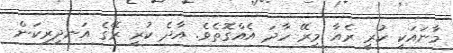
މާނައަކީ ކުރީ ރެއާ މިރޭ ހާދަ އެއްގޮތެވެ. އާދެ ކުރީ ރޭގެ އަނދިރިކަން